Vaccination in Bombay 1869-1873 - 1869-1873
Year: 1869
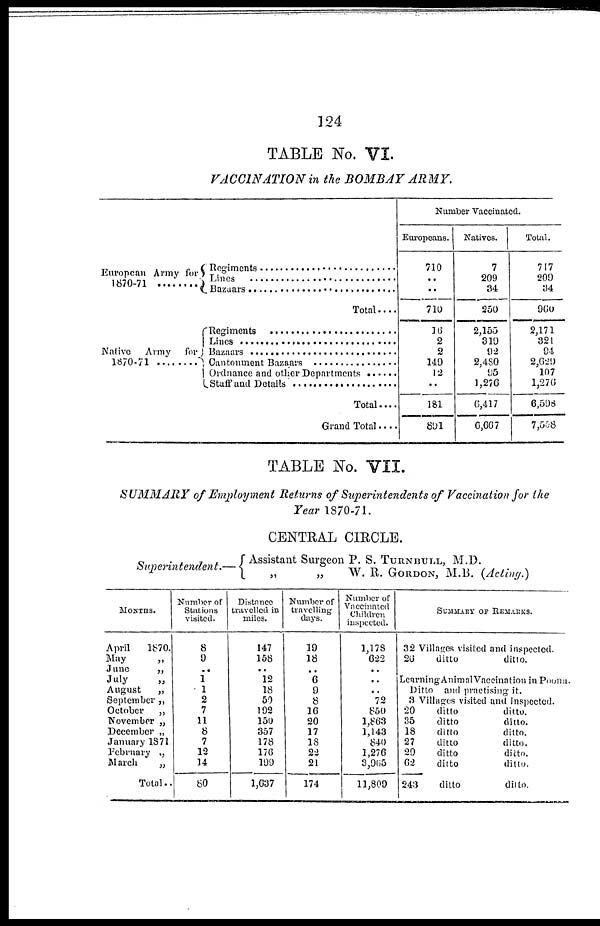
124
TABLE No. VI.
VACCINATION in the BOMBAY ARMY.
European Army for
1870-71 .........
Native Army for
1870-71 ............
Regiments ..................
Lines .....................
Bazaars ........................
Total....
Regiments ........................
Lines .....................
Bazaars ........................
Cantonment Bazaars ...............
Ordnance and other Departments ......
Staff and Details .....................
Total....
Grand Total....
Number Vaccinated.
Europeans.
710
..
..
710
16
2
2
149
12
..
181
891
Natives.
7
209
34
250
2,155
319
92
2,480
95
1,276
6,417
6,667
Total.
717
209
34
960
2,171
321
94
2,629
107
1,276
6,598
7,558
TABLE No. VII.
SUMMARY of Employment Returns of Superintendents of Vaccination for the
Year 1870-71.
CENTRAL CIRCLE.
Superintendent.—
Assistant Surgeon P. S. TURNBULL, M.D.
„
„
W. R. GORDON, M.B. (Acting.)
MONTHS.
April
1870.
May „
June
„
July
„
August
„
September „
October
„
November „
December „
January 1871
February „
March
„
Total..
Number of
Stations
visited.
8
9
..
1
1
2
7
11
8
7
12
14
80
Distance
travelled in
miles.
147
158
..
12
18
50
192
150
357
178
176
199
1,637
Number of
travelling
days.
10
18
..
6
9
8
16
20
17
18
22
21
174
Number of
Vaccinated
Children
inspected.
1,178
622
..
..
..
72
850
1,863
1,143
840
1,276
3,965
11,809
SUMMARY OF REMARKS.
32 Villages visited and inspected.
26
ditto
ditto.
LearningAnimal Vaccination in Poona
Ditto and practising it.
3 Villages visited and inspected.
20
ditto
ditto.
35
ditto
ditto.
18
ditto
ditto.
27
ditto
ditto.
29
ditto
ditto.
62
ditto
ditto.
243
ditto
ditto.